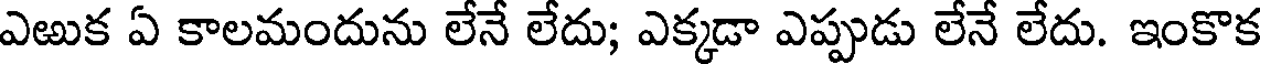
ఎఱుక ఏ కాలమందును లేనే లేదు; ఎక్కడా ఎప్పుడు లేనే లేదు. ఇంకొక